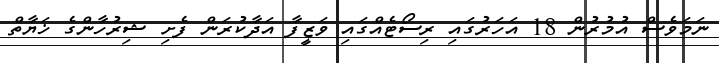
ނަމަވެސް އުމުރުން 18 އަހަރުގައި ރިސޯޓެއްގައި ވަޒީފާ އަދާކުރަން ފެށި ޝިރުހާންގެ ޚަޔާތް